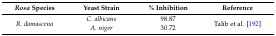
| Rosa Species | Yeast Strain | % Inhibition | Reference |
 | --- | --- | --- | --- |
 | <ROWSPAN=2> R. damascena | C. albicans | 98.87 | <ROWSPAN=2> Talib et al. [192] |
 | A. niger | 30.72 |